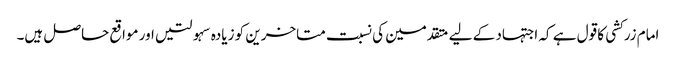
امام زرکشی کا قول ہے کہ اجتہاد کے لیے متقدمین کی نسبت متاخرین کو زیادہ سہولتیں اور مواقع حاصل ہیں۔